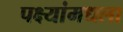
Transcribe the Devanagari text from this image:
पक्ष्यांमधला